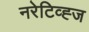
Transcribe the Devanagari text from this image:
नरेटिव्ह्ज